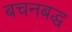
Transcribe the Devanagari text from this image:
बचनबद्ध